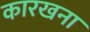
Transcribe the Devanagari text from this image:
कारखना